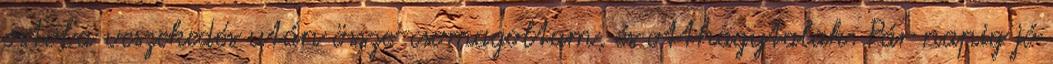
ostoba veszekedés után össze-csomagoltam, és otthagytalak. Pár napig jó